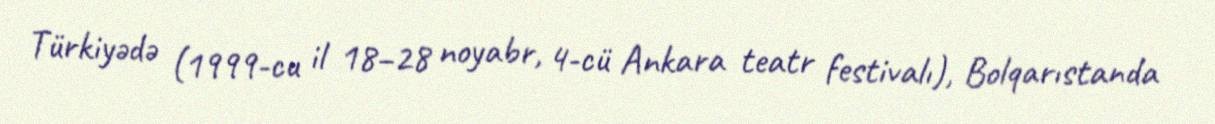
Türkiyədə (1999-cu il 18–28 noyabr, 4-cü Ankara teatr festivalı), Bolqarıstanda